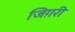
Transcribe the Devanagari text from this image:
जिग़री